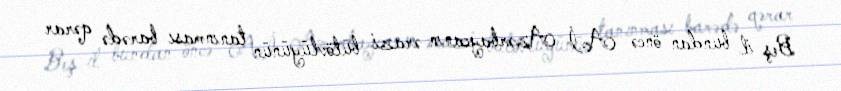
Beş il bundan öncə Aİ Azərbaycanın ərazi bütövlüyünün tanınması barədə qərar